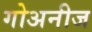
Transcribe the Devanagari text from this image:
गोअनीज